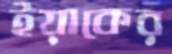
ইয়াকের